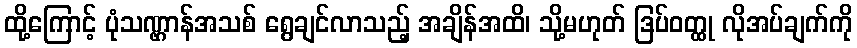
ထို့ကြောင့် ပုံသဏ္ဌာန်အသစ် ရွေချင်လာသည့် အချိန်အထိ၊ သို့မဟုတ် ဒြပ်ဝတ္ထု လိုအပ်ချက်ကို